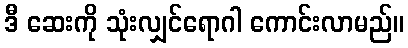
ဒီ ဆေးကို သုံးလျှင်ရောဂါ ကောင်းလာမည်။